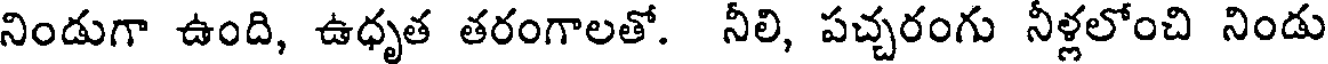
నిండుగా ఉంది, ఉధృత తరంగాలతో. నీలి, పచ్చరంగు నీళ్లలోంచి నిండు